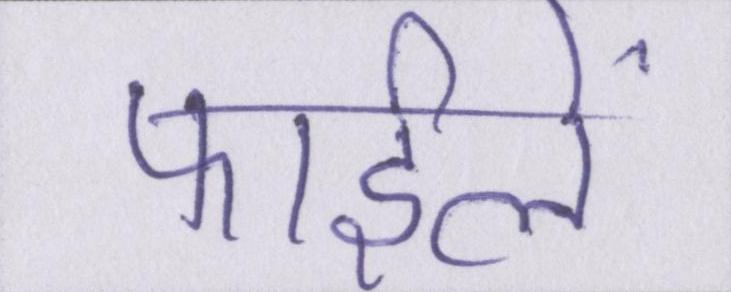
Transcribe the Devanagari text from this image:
फाईलें